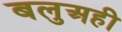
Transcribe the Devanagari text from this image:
बलुअही